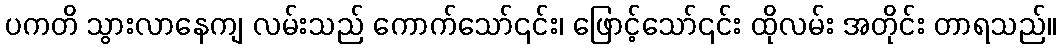
ပကတိ သွားလာနေကျ လမ်းသည် ကောက်သော်၎င်း၊ ဖြောင့်သော်၎င်း ထိုလမ်း အတိုင်း တာရသည်။